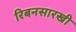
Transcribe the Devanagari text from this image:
रिबनसारखी